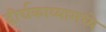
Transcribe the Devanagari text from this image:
दीर्घकाव्यामध्ये